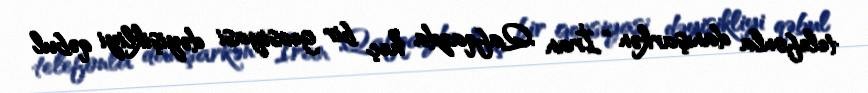
telefonla danışarkən “İran Qafqazda heç bir geosiyasi dəyişikliyi qəbul